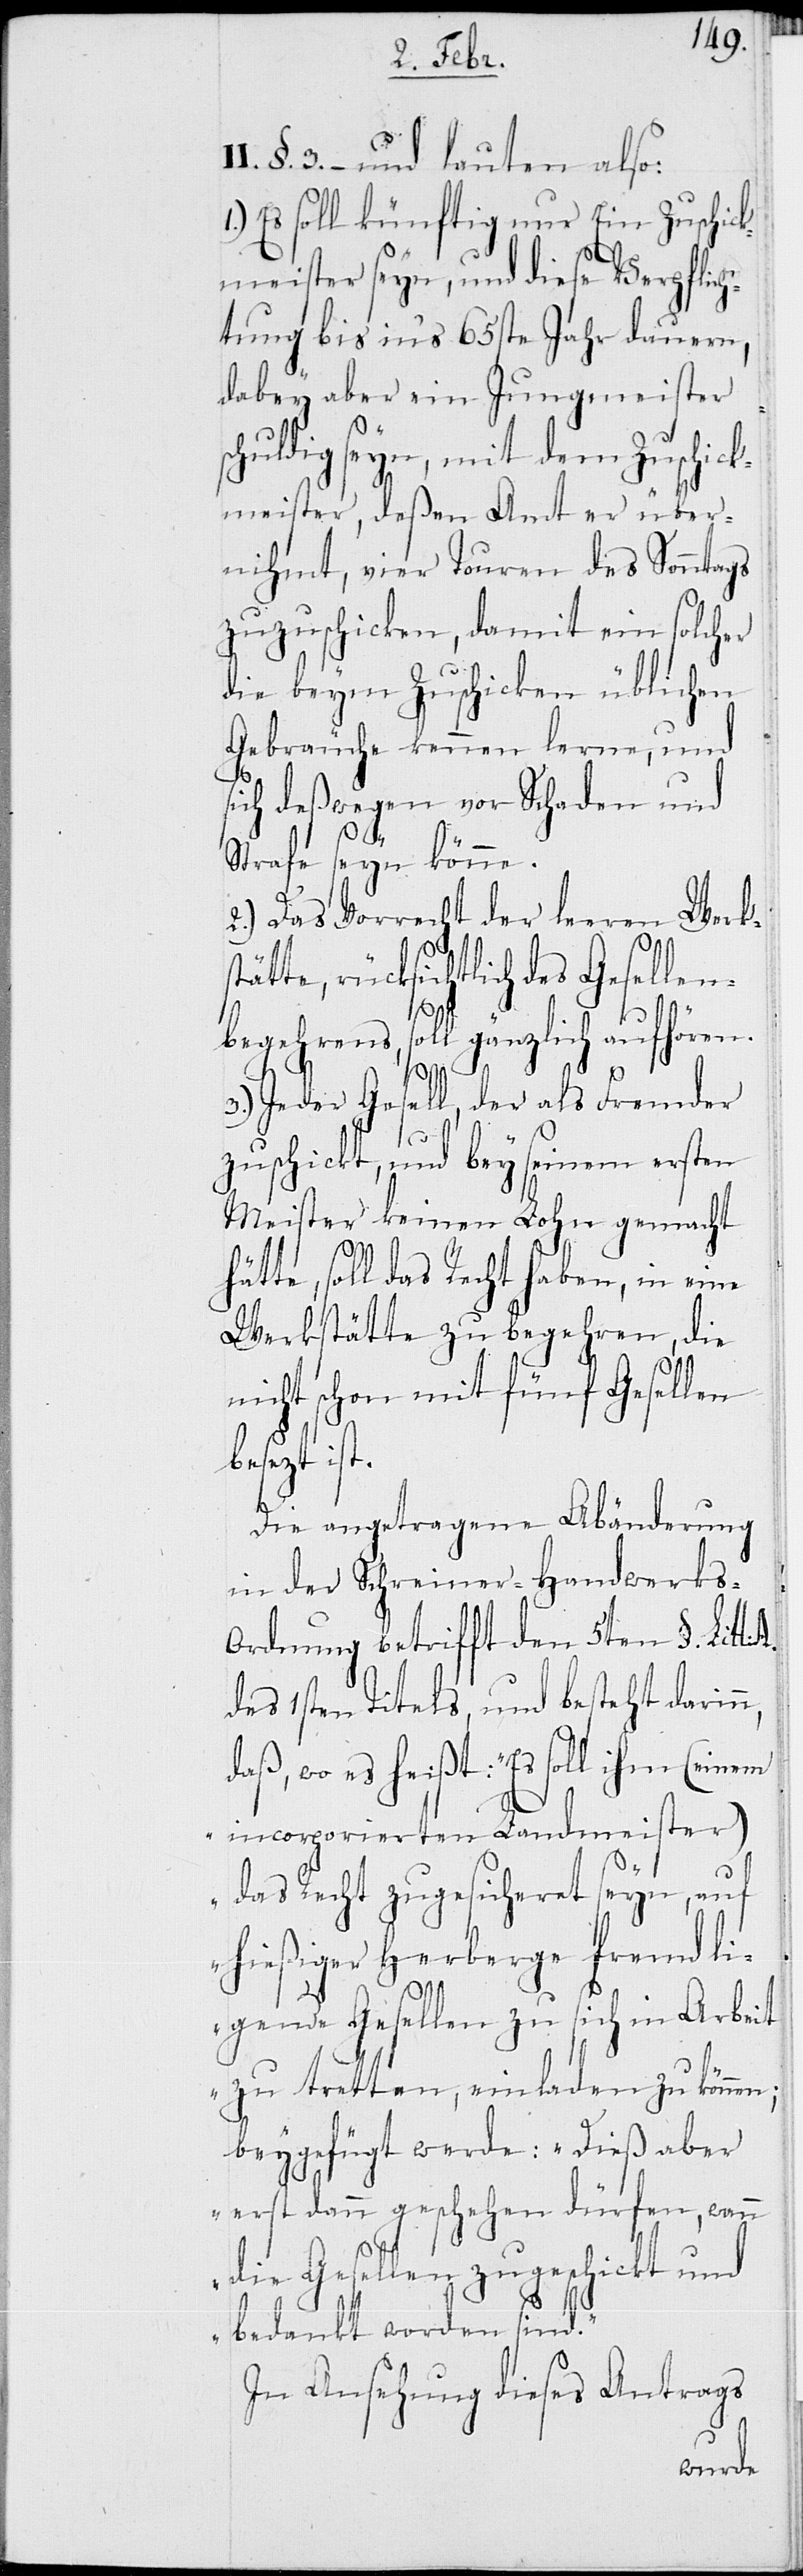
3. – und lauten also:
1) Es soll künftig nur Ein Zuschick¬
meister seyn, und diese Verpflic¬
htung bis in‘s 65ste Jahr dauern,
dabey aber ein Jungmeister
chuldig seyn, mit dem Zuschick¬
meister, deßen Amt er über¬
nihmt, vier Touren des Sonntags
zuzuschicken, damit ein solcher
die beym Zuschicken üblichen
Gebräuche kennen lerne, und
ich deßwegen vor Schaden und
n,
Strafe seyn könne.
n;“
2) Das Vorrecht der leeren Werks¬
rücksichtlich des Gesellen¬
s¬
begehrens, soll gänzlich aufhören.
3) Jeder Gesell, der als Fremder
zuschickt, und bey seinem ersten
Meister keinen Lohn gemacht
ätte, soll das Recht haben, in eine
Werkstätte zu begehren, die
nicht schon mit fünf Gesellen
besezt ist.
Die angetragene Abänderung
in der Schreiner-Handwerks-O¬
rdnung betrifft den 5ten §. Litt.
des 1sten Titels, und besteht darin¬
daß, wo es heißt: „Es soll ihm (einem
incorporierten Landmeister)
das Recht zugesicheret seyn, auf
hießiger Herberge fremd li¬
gende Gesellen zu sich in Arbeit
zu tretten, einladen zu könne¬
beigefügt werde: „Dieß aber
erst dann geschehen dürfen, wann
die Gesellen zugeschickt und
bedankt worden sind.“
In Ansehung dieses Antrags